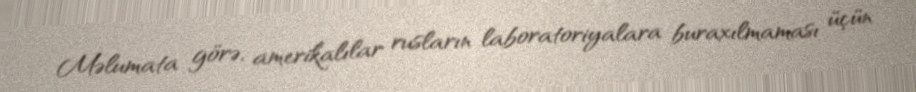
Məlumata görə, amerikalılar rusların laboratoriyalara buraxılmaması üçün